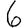
Digit: 6